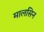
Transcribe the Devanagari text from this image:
मालसिन